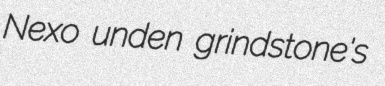
Nexo unden grindstone's